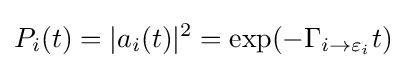
P_{i}(t)=|a_{i}(t)|^{2}=\exp(-\Gamma _{i\to \varepsilon _{i}}t)